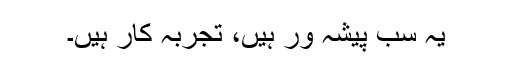
یہ سب پیشہ ور ہیں، تجربہ کار ہیں۔